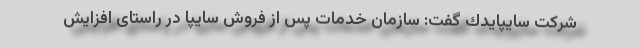
شرکت سايپايدك گفت: سازمان خدمات پس از فروش سایپا در راستای افزايش